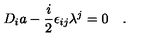
D _ { i } a - { \frac { i } { 2 } } \epsilon _ { i j } \lambda ^ { j } = 0 \quad .